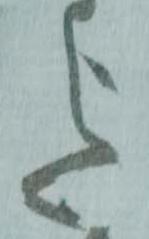
迄